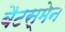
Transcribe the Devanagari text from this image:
बैटस्मेन